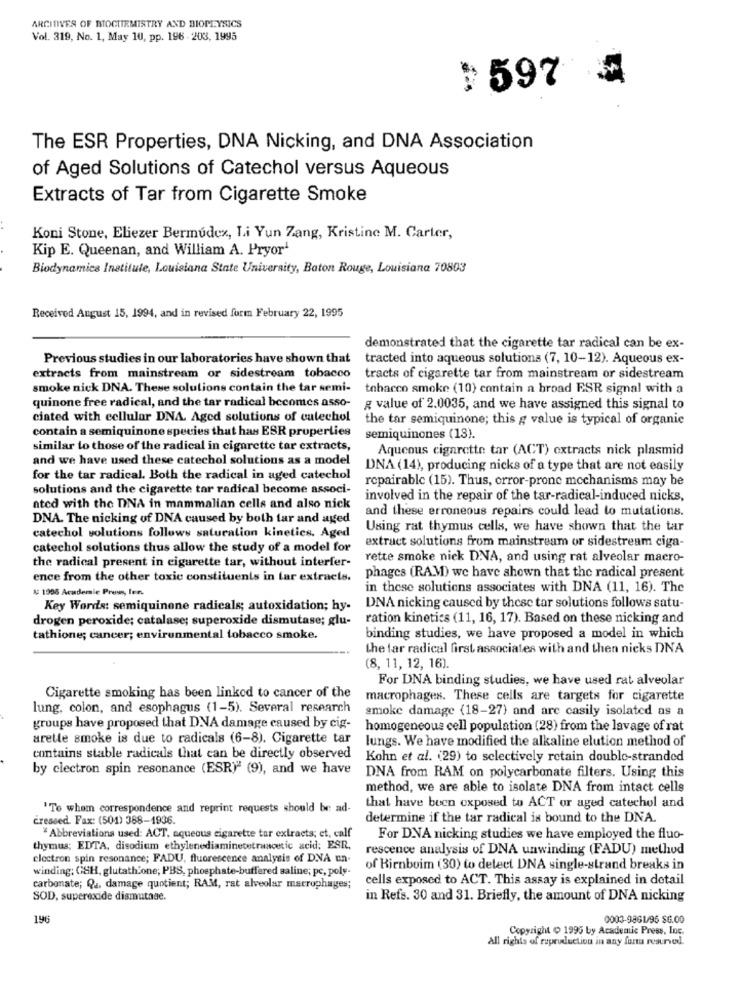
ARCITIVES OF BIOCHEMISTRY AND BIOMEYSICS
Vol. 319, No. 1, May 10, pp. 196 - 203, 1995
:597
The ESR Properties, DNA Nicking, and DNA Association
of Aged Solutions of Catechol versus Aqueous
Extracts of Tar from Cigarette Smoke
Koni Stone, Eliezer Bermudex, Li Yun Zang, Kristine M. Carter,
Kip E. Queenan, and William A. Pryor
Biodynamice Institule, Louisiana State University, Baton Rouge, Louisiana 70803
Received August 15, 1994, and in revised form February 22, 1995
demonstrated that the cigarette tar radical can be ex-
Previous studies in our laboratories have shown that
tracted into aqueous solutions (7, 10-12). Aqueous ex-
extracts from mainstream or sidestream tobacco
tracts of cigarette tar from mainstream or sidestream
smoke nick DNA. These solutions contain the tar semi-
tobacco smoke (10) contain a broad ESR signal with a
quinone free radical, and the tar radical becomes asso-
g value of 2.0035, and we have assigned this signal to
ciated with cellular DNA. Aged solutions of catechol
the tar semiquinone; this g value is typical of organic
contain a semiquinone species that has ESR properties
semiquinones (18).
similar to those of the radical in cigarette tar extracts,
Aqueous cigarette tar (ACT) extracts nick plasmid
and we have used these catechol solutions as a model
DNA (14), producing nicks of a type that are not easily
for the tar radical. Both the radical in aged catechol
repairable (15). Thus, error-prone mechanisms may be
solutions and the cigarette tar radical become associ-
involved in the repair of the tar-radical-induced nicks,
ated with the DNA in mammalian cells and also nick
and these erroneous repairs could lead to mutations.
DNA. The nicking of DNA caused by both far and aged
catechol solutions follows saturation kinetics. Aged
Using rat thymus cells, we have shown that the tar
catechol solutions thus allow the study of a model for
extract solutions from mainstream or sidestream ciga-
the radical present in cigarette tar, without interfer-
rette smoke nick DNA, and using rat alveolar macro-
ence from the other toxic constituents in lar extracts.
phages (RAM) we have shown that the radical present
#: 1996 Academic Press, ler.
in these solutions associates with DNA (11, 16). The
Key Words: semiquinone radicals; autoxidation; hy-
DNA nicking caused by these tar solutions follows satu-
drogen peroxide; catalase; superoxide dismutase; glu-
ration kinetics (11, 16, 17). Based on these nicking and
tathione; cancer; environmental tobacco smoke.
binding studies, we have proposed a model in which
the far radical first associates with and then nicks DNA
(8, 11, 12, 16).
For DNA binding studies, we have used rat alveolar
Cigarette smoking has been linked to cancer of the
macrophages. These cells are targets for cigarette
lung. colon, and esophagus (1-5). Several research
smoke damage (18-27) and are casily isolated as a
groups have proposed that DNA damage caused by cig-
homogeneous cell population (28) from the lavage of rat
arelle smoke is due to radicals (6-8). Cigarette tar
lungs. We have modified the alkaline elution method of
contains stable radicals that can be directly observed
Kohn et al. (29) to selectively retain double-stranded
by clectron spin resonance (ESR)" (9), and we have
DNA from RAM on polycarbonate filters. Using this
method, we are able to isolate DNA from intact cells
'To whom correspondence and reprint requests should be ad-
that have been exposed to ACT or aged catechol and
creased. Fax: (501) 388-1936.
determine if the tar radical is bound to the DNA.
"Abbreviations used: ACT, aqueous cigarette tar extracts; et, calf
For DNA nicking studies we have employed the fluo-
thymus; EDTA, disodium ethylenediaminetetraacetic acid; ESR.
rescence analysis of DNA unwinding (FADU) method
clectron spin resonance; FADU, fluorescence analysis of DNA un-
winding; GSH, glutathione; PBS, phosphate-buffered saline; pc, poly-
of Birnbuim (30) to detect DNA single-strand breaks in
cells exposed to ACT. This assay is explained in detail
carbonate; Q2. damage quotient; RAM, rat alveolar macrophages;
SOD, superoxide dismutase.
in Refs. 30 and 31. Briefly, the amount of DNA nicking
196
0003-9861/95 $6.00
Copyright ( 1995 by Academic Press, Inc.
All rights of rupruduction in any forta reserved.